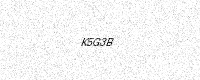
Text: K5G3B